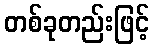
တစ်ခုတည်းဖြင့်